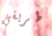
طريقي